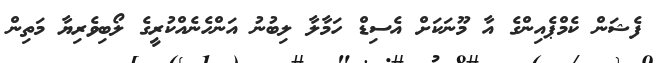
ފެޝަން ކެމްޕެއިންގެ އާ މޫނަކަށް އެސިޑް ހަމާލާ ލިބުނު އަންހެނެއްކުރީގެ ލޯބިވެރިޔާ މަތިން